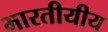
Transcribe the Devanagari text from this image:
भारतीयीय